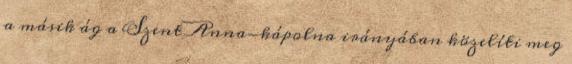
a másik ág a Szent Anna-kápolna irányában közelíti meg